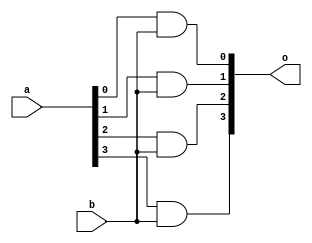
`timescale 1ns / 1ps
//////////////////////////////////////////////////////////////////////////////////
// Company: 
// Engineer: 
// 
// Design Name: 
// Module Name: mul4c1
// Project Name: 
// Target Devices: 
// Tool Versions: 
// Description: 
// 
// Dependencies: 
// 
// Revision:
// Revision 0.01 - File Created
// Additional Comments:
// 
//////////////////////////////////////////////////////////////////////////////////


module mul4c1(a,b,o);
input [3:0]a;
input b;
output [3:0]o;
genvar i;
for(i=0;i<4;i=i+1)
begin
assign o[i]=a[i]&b;
end
endmodule